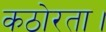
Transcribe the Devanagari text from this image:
कठोरता।